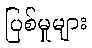
ပြစ်မှုများ